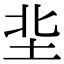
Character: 㘳